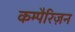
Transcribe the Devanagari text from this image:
कम्पैरिज़न